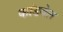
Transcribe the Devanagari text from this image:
कांडवेल